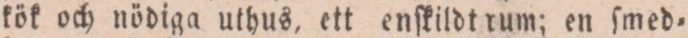
kök och nödiga uthus, ett enſkildt rum; en ſmed=